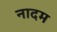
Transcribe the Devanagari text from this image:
नादम